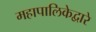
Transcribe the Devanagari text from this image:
महापालिकेद्वारे